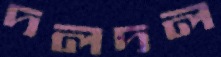
দলদল